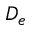
D _ { e }